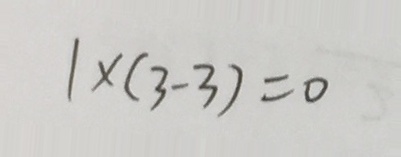
1 \times ( 3 - 3 ) = 0